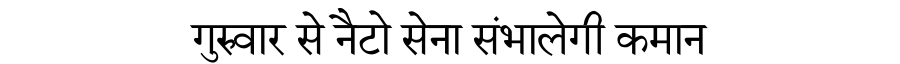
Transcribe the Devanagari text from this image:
गुरुवार से नैटो सेना संभालेगी कमान